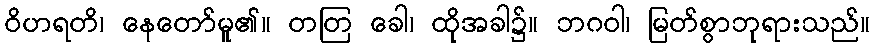
ဝိဟရတိ၊ နေတော်မူ၏။ တတြ ခေါ၊ ထိုအခါ၌။ ဘဂဝါ၊ မြတ်စွာဘုရားသည်။